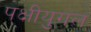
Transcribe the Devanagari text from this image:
पक्षीयुगल